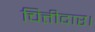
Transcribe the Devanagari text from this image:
चित्तीदार।